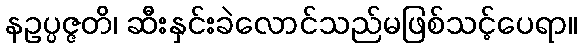
နဥပ္ပဇ္ဇတိ၊ ဆီးနှင်းခဲလောင်သည်မဖြစ်သင့်ပေရာ။